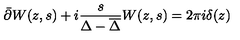
\bar { \partial } W ( z , s ) + i \frac { s } { \Delta - { \overline { \Delta } } } W ( z , s ) = 2 \pi i \delta ( z ) \nonumber